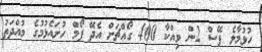
ހުޅުމާލެ ފޭސް 2ން ވިއްކާ 400 ގޯއްޗަށް އެދޭ ފޯމް ހުށައެޅުމުގެ މުއްދަތު